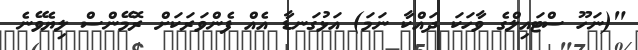
"(ނަހޫ ސްޓައިލްގެ ވާހަކަ ދައްކާ ނަމަ) އަޅުގަނޑާ އެއް ފެންވަރަކަށް ރޮމޭންސް ލިޔެވޭނެ